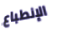
الإنطباع